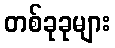
တစ်ခုခုများ